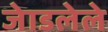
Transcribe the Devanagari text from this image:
जेाडलेले